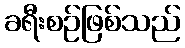
ခရီးစဉ်ဖြစ်သည်